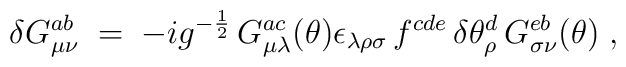
\delta G_{\mu\nu}^{ab} \;=\; - i g^{-\frac{1}{2}}\,G_{\mu\lambda}^{ac}(\theta)\epsilon_{\lambda\rho\sigma} \, f^{cde} \,\delta\theta_{\rho}^d \,  G_{\sigma\nu}^{eb} (\theta)\;,